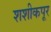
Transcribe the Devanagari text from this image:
शशीकपूर